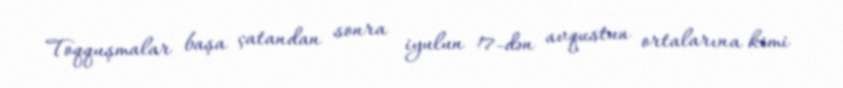
Toqquşmalar başa çatandan sonra iyulun 17-dən avqustun ortalarına kimi